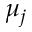
\mu _ { j }